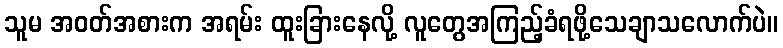
သူမ အဝတ်အစားက အရမ်း ထူးခြားနေလို့ လူတွေအကြည့်ခံရဖို့သေချာသလောက်ပဲ။